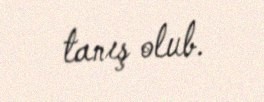
tanış olub.